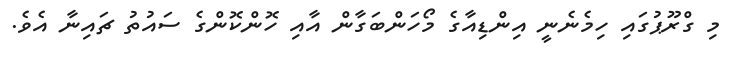
މި ގްރޫޕުގައި ހިމެނެނީ އިންޑިއާގެ މޯހަންބަގާން އާއި ހޮންކޮންގެ ސައުތު ޗައިނާ އެވެ.